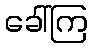
ခေါ်ကြ